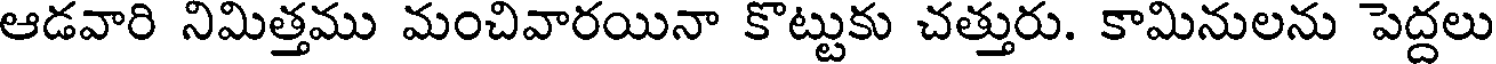
ఆడవారి నిమిత్తము మంచివారయినా కొట్టుకు చత్తురు. కామినులను పెద్దలు